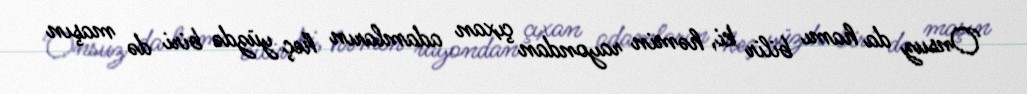
Onsuz da hamı bilir ki, həmin rayondan çıxan adamların heç yüzdə biri də maşın